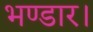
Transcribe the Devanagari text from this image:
भण्डार।